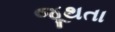
જૂથતા